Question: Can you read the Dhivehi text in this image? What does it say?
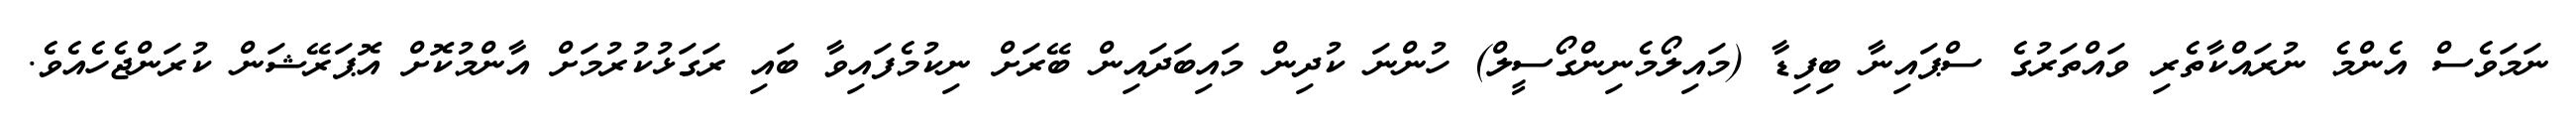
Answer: ނަމަވެސް އެންމެ ނުރައްކާތެރި ވައްތަރުގެ ސްޕައިނާ ބިފިޑާ (މައިލޯމެނިންގޯސީލް) ހުންނަ ކުދިން މައިބަދައިން ބޭރަށް ނިކުމެފައިވާ ބައި ރަގަޅުކުރުމަށް އާންމުކޮށް އޮޕަރޭޝަން ކުރަންޖެހެއެވެ.